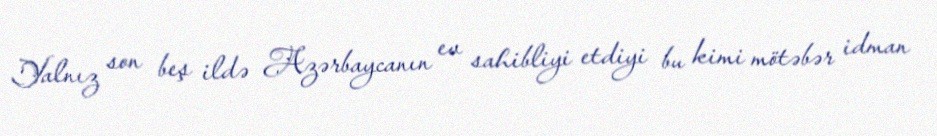
Yalnız son beş ildə Azərbaycanın ev sahibliyi etdiyi bu kimi mötəbər idman